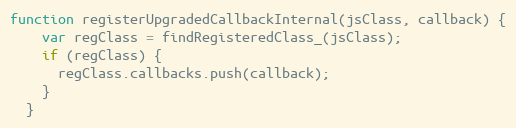
Language: JavaScript
function registerUpgradedCallbackInternal(jsClass, callback) {
    var regClass = findRegisteredClass_(jsClass);
    if (regClass) {
      regClass.callbacks.push(callback);
    }
  }